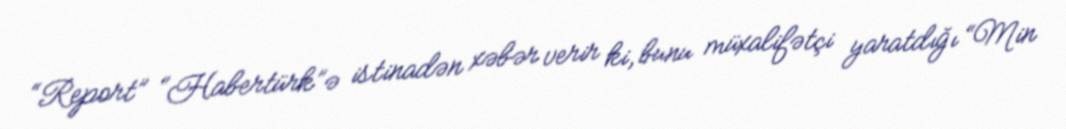
“Report” “Habertürk”ə istinadən xəbər verir ki, bunu müxalifətçi yaratdığı “Min